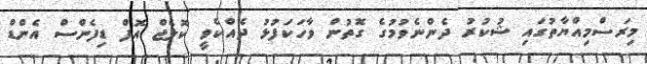
މިރަސްމިއްޔާތުގައި ޝުކުރު ދެންނެވުމުގެ ގޮތުން ވާހަކަފުޅު ދެއްކެވީ ކޮލެޖް އޮފް ޑިފެންސް އެންޑް